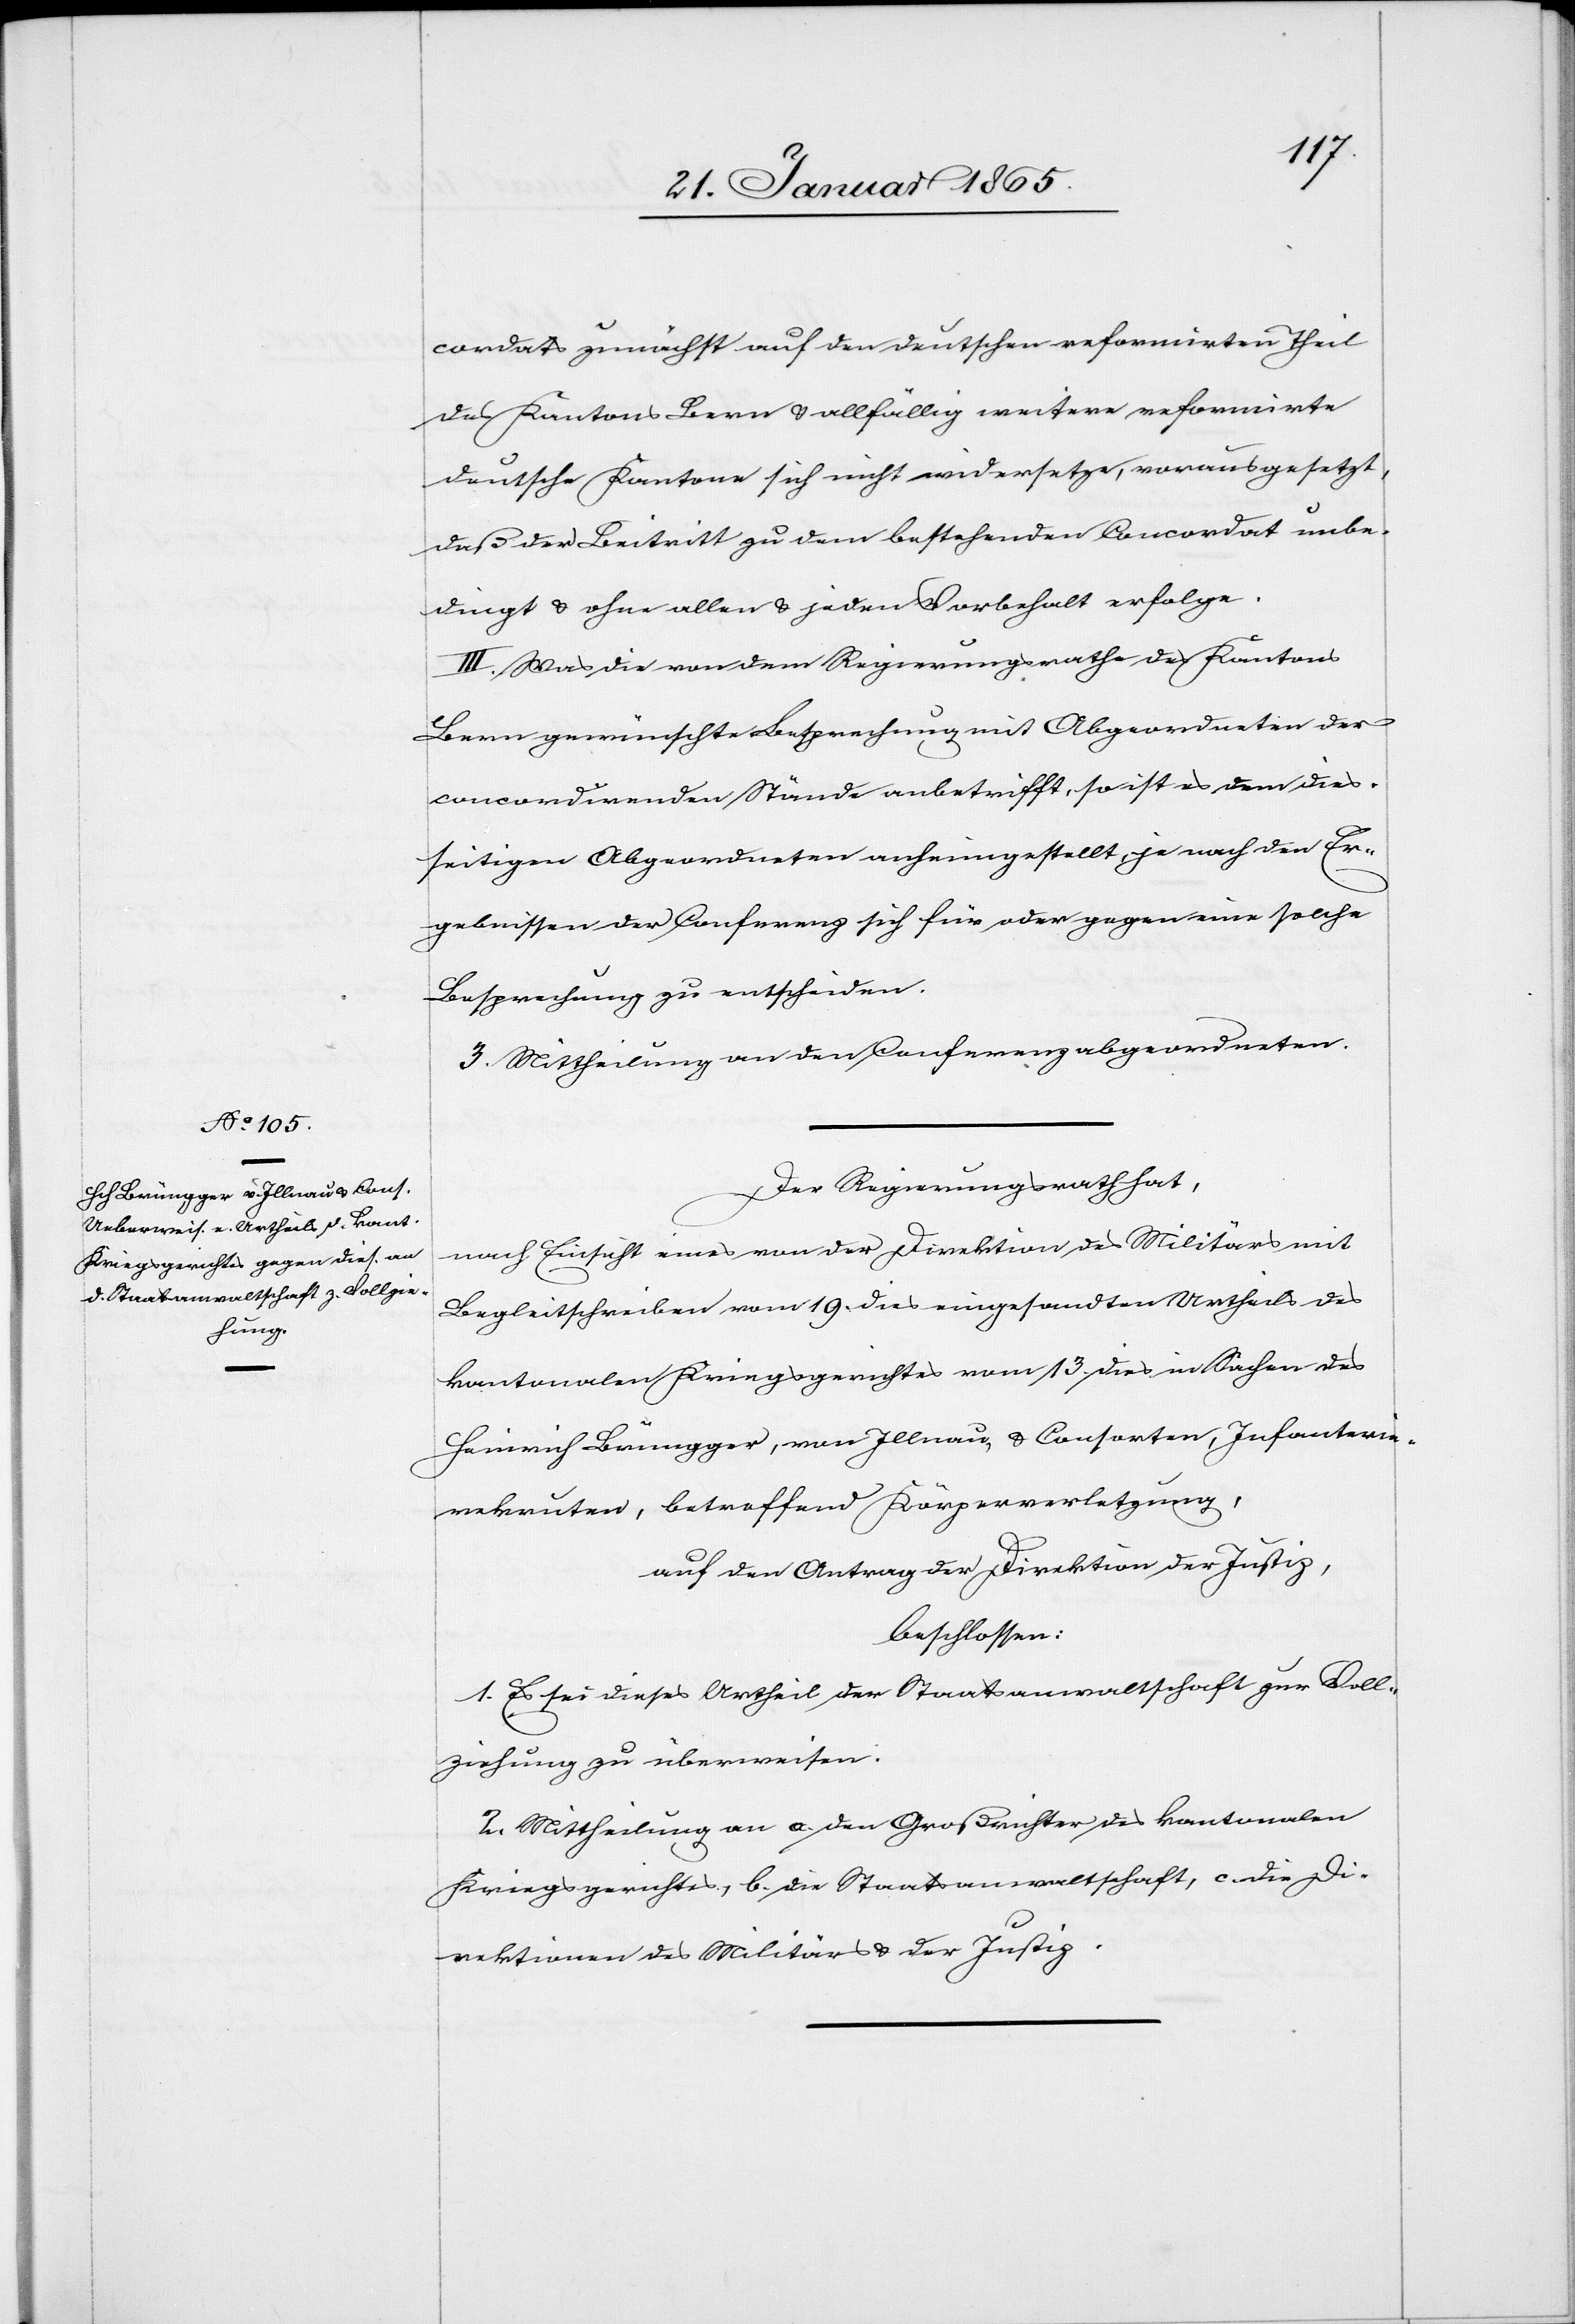
cordats zunächst auf den deutschen reformirten Theil
des Kantons Bern u. allfällig weitere reformirte
deutsche Kantone sich nicht widersetze, vorausgesetzt,
daß der Beitritt zu dem bestehenden Concordat unbe¬
dingt u. ohne allen u. jeden Vorbehalt erfolge.
III. Was die von dem Regierungsrathe des Kantons
Bern gewünschte Besprechung mit Abgeordneten der
concordirenden Stände anbetrifft, so ist es dem dies¬
seitigen Abgeordneten anheimgestellt, je nach den Er¬
gebnissen der Conferenz sich für oder gegen eine solche
Besprechung zu entscheiden.
3. Mittheilung an den Conferenzabgeordneten.
Der Regierungsrath hat,
nach Einsicht eines von der Direktion des Militärs mit
Begleitschreiben vom 19. dies eingesandten Urtheils des
kantonalen Kriegsgerichtes vom 13. dies in Sachen des
Heinrich Brüngger, von Illnau, u. Consorten, Infanterie¬
rekruten, betreffend Körperverletzung,
auf den Antrag der Direktion der Justiz,
beschlossen:
1. Es sei dieses Urtheil der Staatsanwaltschaft zur Voll¬
ziehung zu überweisen.
2. Mittheilung an a. den Großrichter des kantonalen
Kriegsgerichtes, b. die Staatsanwaltschaft, c. die Di¬
rektionen des Militärs u. der Justiz.